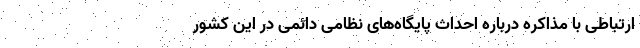
ارتباطی با مذاکره درباره احداث پایگاه‌های نظامی دائمی در این کشور